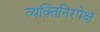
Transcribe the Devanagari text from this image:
व्यक्तिनिरपेक्ष